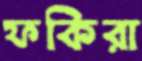
ফকিরা